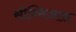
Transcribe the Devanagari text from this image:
सीन्सिआस